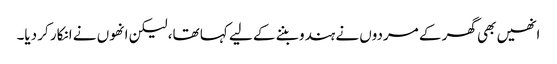
انھیں بھی گھر کے مردوں نے ہندو بننے کے لیے کہا تھا، لیکن انھوں نے انکار کر دیا۔